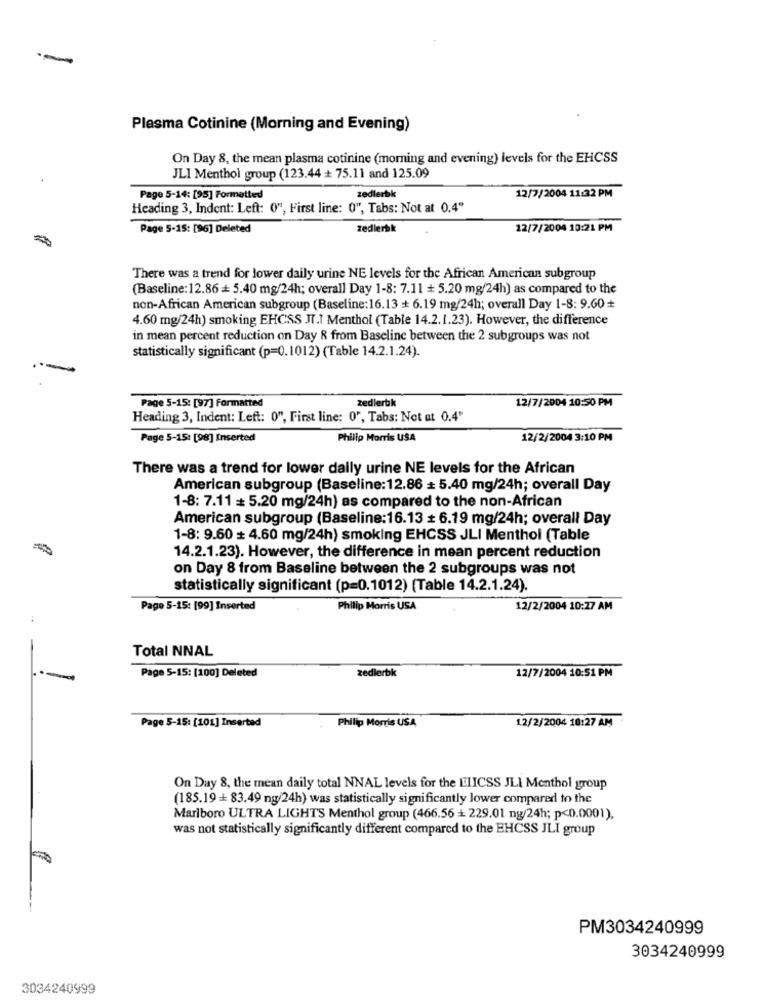
-
Plasma Cotinine (Morning and Evening)
On Day 8, the mean plasma cotinine (morning and evening) levels for the EHCSS
JLI Menthol group (123.44 + 75.11 and 125.09
zedierbk
12/7/2004 11:32 PM
Page 5-14: [95] Formatted
Heading 3, Indent: Left: 0", First line: 0", Tabs: Not at 0.4"
Page 5-15: [96] Deleted
zedlerbk
12/7/2004 10:21 PM
There was a trend for lower daily urine NE levels for the African American subgroup
(Baseline: 12.86 = 5.40 mg/24h; overall Day 1-8: 7.11 + 5.20 mg/24h) as compared to the
non-African American subgroup (Baseline:16.13 + 6.19 mg/24h; overall Day 1-8: 9.60 +
4.60 mg/24h) smoking EHCSS JT.1 Menthol (Table 14.2.1.23). However, the difference
in mean percent reduction on Day & from Baseline between the 2 subgroups was not
statistically significant (p=0.1012) (Table 14.2.1.24).
12/7/2004 10:50 PM
Page 5-15: [97] Formatted
zedlerbk
Heading 3, Indent: Left: 0", First line: 0", Tabs: Not at 0.4"
Page 5-15: [98] Inserted
Philip Morris USA
12/2/2004 3:10 PM
There was a trend for lower daily urine NE levels for the African
American subgroup (Baseline:12.86 = 5.40 mg/24h; overall Day
1-8: 7.11 + 5.20 mg/24h) as compared to the non-African
American subgroup (Baseline:16.13 + 6.19 mg/24h; overall Day
1-8: 9.60 # 4.60 mg/24h) smoking EHCSS JLI Menthol (Table
14.2.1.23). However, the difference in mean percent reduction
on Day 8 from Baseline between the 2 subgroups was not
statistically significant (p=0.1012) (Table 14.2.1.24).
Page 5-15: [99] Inserted
Philip Morris USA
12/2/2004 10:27 AM
Total NNAL
zedlerbk
12/7/2004 10:51 PM
Page 5-15: [100] Deleted
12/2/2004 10:27 AM
Page 5-15: [101] Inserted
Philip Morris USA
On Day 8, the mean daily total NNAL levels for the LEIICSS JLI Menthol group
(185.19 + 83.49 ng/24h) was statistically significantly lower compared to the
Marlboro ULTRA LIGHTS Menthol group (466.56 + 229.01 ng/24h; p<0.0001),
was not statistically significantly different compared to the EHCSS JLI group
PM3034240999
3034240999
3034240999